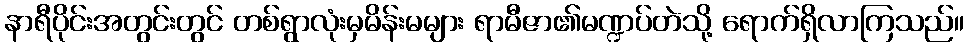
နာရီပိုင်းအတွင်းတွင် တစ်ရွာလုံးမှမိန်းမများ ရာမီဇာ၏မဏ္ဍပ်တဲသို့ ရောက်ရှိလာကြသည်။